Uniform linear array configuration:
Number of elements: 64
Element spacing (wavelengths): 0.5
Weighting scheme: cosine
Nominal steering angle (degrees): -30
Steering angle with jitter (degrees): -29.867
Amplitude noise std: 0.05
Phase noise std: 0.05

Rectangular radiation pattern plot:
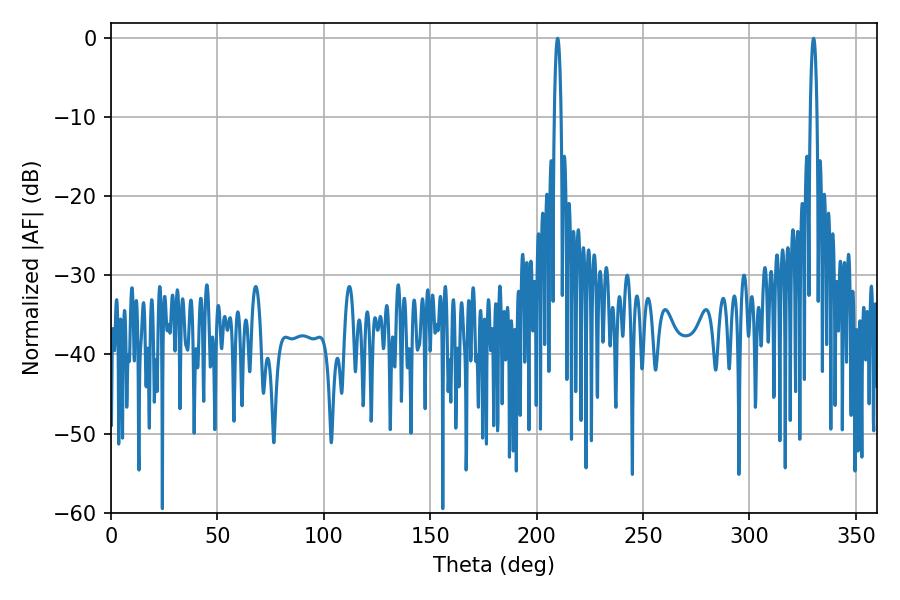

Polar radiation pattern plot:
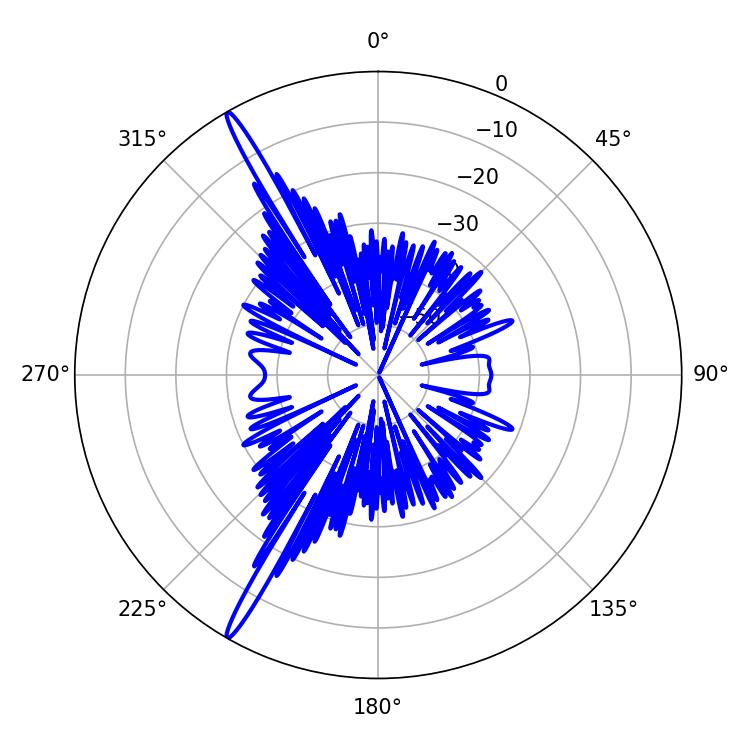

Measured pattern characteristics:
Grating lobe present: FALSE
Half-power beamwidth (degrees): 1.8
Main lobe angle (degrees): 330.12